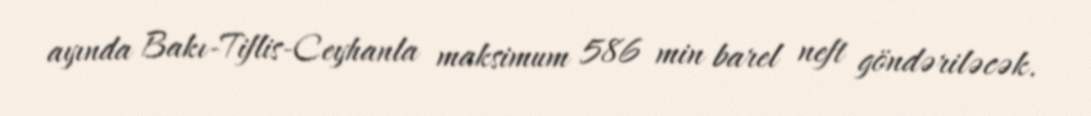
ayında Bakı-Tiflis-Ceyhanla maksimum 586 min barel neft göndəriləcək.